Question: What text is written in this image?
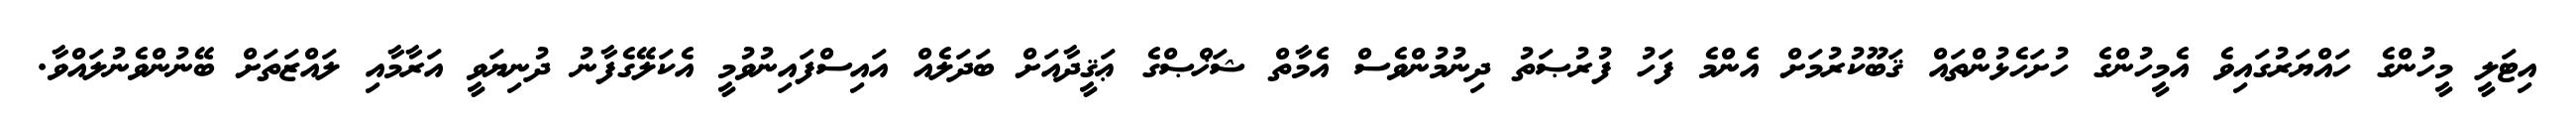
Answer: އިޓަލީ މީހުންގެ ހައްޔަރުގައިވެ އެމީހުންގެ ހުށަހެޅުންތައް ޤަބޫކުރުމަށް އެންމެ ފަހު ފުރުޞަތު ދިނުމުންވެސް އެމާތް ޝަޚްޞްގެ ޢަޤީދާއަށް ބަދަލެއް އައިސްފައިނުވުމީ އެކަލޭގެފާނު ދުނިޔަވީ އަރާމާއި ލައްޒަތަށް ބޭނުންވެނުލައްވާ.